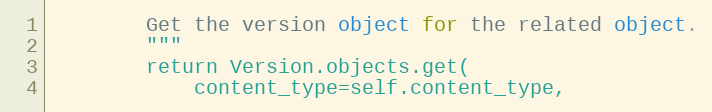
Language: Python
        Get the version object for the related object.
        """
        return Version.objects.get(
            content_type=self.content_type,